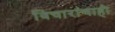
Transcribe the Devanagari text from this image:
विचारांचाही